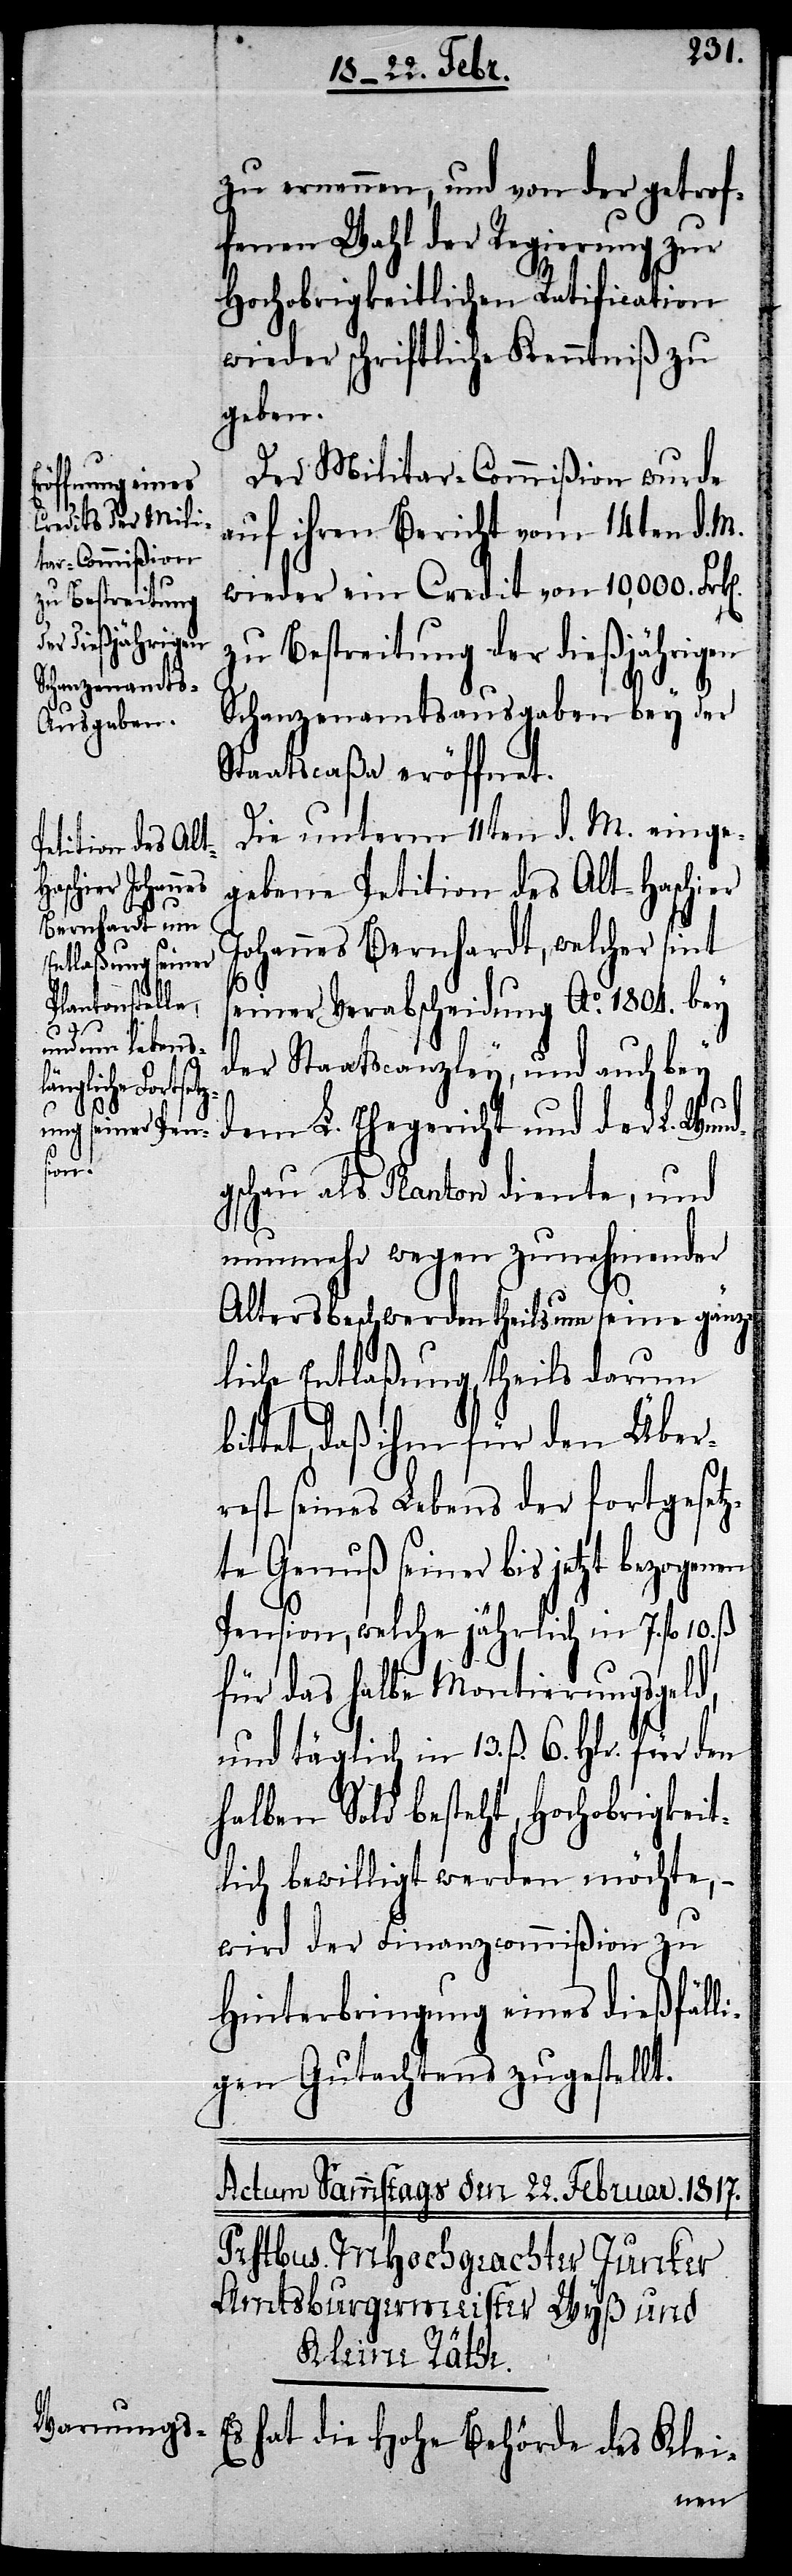
zu ernennen, und von der getrof¬
fenen Wahl der Regierung zur
Hochobrigkeitlichen Ratification
wieder schriftliche Kenntniß zu
geben.
Der Militar-Commißion wurde
auf ihren Bericht vom 14ten d. M.
wieder ein Credit von 10,000 Frk[e¬
zu Bestreitung
der dießjährigen
Schanzenamtsausgaben bey der
Staatscaßa eröffnet.
Die unterm 11ten d. M. einge¬
gebene Petition des Alt-Haschier
Johannes Bernhardt, welcher sint
ß.
seiner Verabscheidung Ao. 1804. bey
der Staatscanzley, und auch bey
dem L. Ehegericht und der L. Wund¬
gschau als Planton diente, und
nunmehr wegen zunehmender
Altersbeschwerden theils um seine gänz¬
liche Entlaßung, theils darum b¬
ittet, daß ihm für den Über¬
rest seines Lebens der fortgesetz¬
te Genuß seiner bis jetzt bezogenen
Pension, welche jährlich in 7. fl.
für das halbe Montierungsgeld,
und täglich in 13. ß. 6. Hlr. für den
halben Sold besteht, Hochobrigkeit¬
lich bewilligt werden möchte, –
wird der Finanzcommißion zu
Hinterbringung eines dießfäll¬
igen Gutachtens zugestellt.
Es hat die Hohe Behörde des Klei-